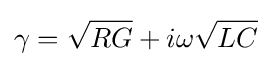
\gamma ={\sqrt {RG}}+i\omega {\sqrt {LC}}